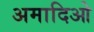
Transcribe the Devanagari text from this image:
अमादिओ